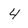
Character: 4